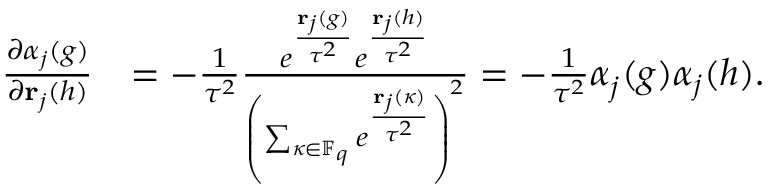
\begin{array} { r l } { \frac { \partial \boldsymbol { \alpha } _ { j } ( g ) } { \partial \ensuremath { \mathbf { r } } _ { j } ( h ) } } & { = - \frac { 1 } { \tau ^ { 2 } } \frac { e ^ { \frac { \ensuremath { \mathbf { r } } _ { j } ( g ) } { \tau ^ { 2 } } } e ^ { \frac { \ensuremath { \mathbf { r } } _ { j } ( h ) } { \tau ^ { 2 } } } } { \left( \sum _ { \kappa \in \mathbb { F } _ { q } } e ^ { \frac { \ensuremath { \mathbf { r } } _ { j } ( \kappa ) } { \tau ^ { 2 } } } \right) ^ { 2 } } = - \frac { 1 } { \tau ^ { 2 } } \boldsymbol { \alpha } _ { j } ( g ) \boldsymbol { \alpha } _ { j } ( h ) . } \end{array}